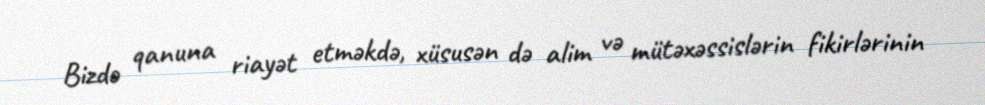
Bizdə qanuna riayət etməkdə, xüsusən də alim və mütəxəssislərin fikirlərinin